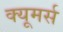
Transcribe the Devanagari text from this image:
क्यूमर्स